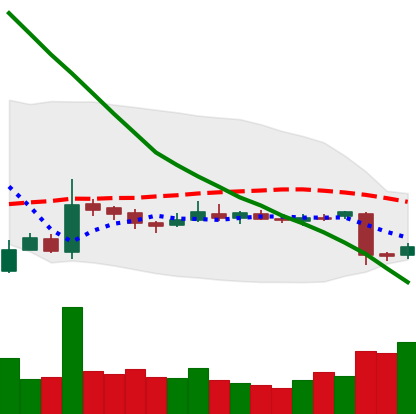
Ticker: EOS-USD
Chart end date: 2018-10-31
Forward return: 5.229%
Label: up_5_7